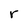
Character: r